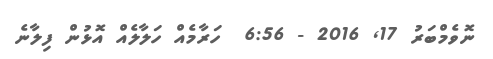
ނޮވެމްބަރު 17